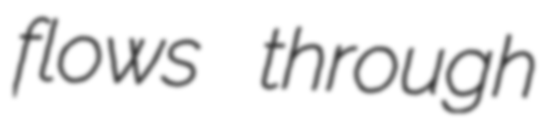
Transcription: flows through